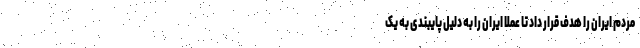
مردم ایران را هدف قرار داد تا عملا ایران را به دلیل پایبندی به یک